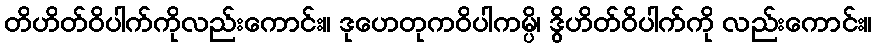
တိဟိတ်ဝိပါက်ကိုလည်းကောင်း။ ဒုဟေတုကဝိပါကမ္ပိ၊ ဒွိဟိတ်ဝိပါက်ကို လည်းကောင်း။